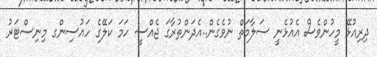
ދިރިއުޅޭ މީހުންވެސް އެއުޅެނީ ސަލާމަތް ނުވެގެން..އެދަންތުރާގަ ޖެއްސީ ހަމަ ކަލޭގެ ހައުސިންގ މިނިސްޓަރު